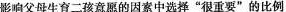
影响父母生育二孩意愿的因素中选择“很重要”的比例